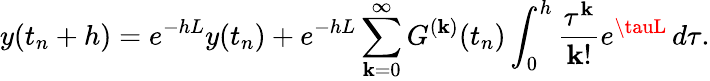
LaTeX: y(t_{n}+h)=e^{-hL}y(t_{n})+e^{-hL}\sum_{\mathbf{k}=0}^{\infty}G^{(\mathbf{k})}(t_{n})\int_{0}^{h}\frac{{\tau^{\mathbf{k}}}}{{\mathbf{k}!}}e^{\tauL}\, d\tau.